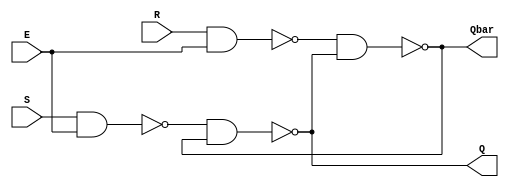
module sr_latch(
  input S,
  input R,
  input E,
  output Q,
  output Qbar
);
  
  wire w1,w2;
  
  nand g1( w1, S, E );
  nand g2( w2, R, E );
  nand g3( Q, w1, Qbar );
  nand g4( Qbar, w2, Q );
  
endmodule